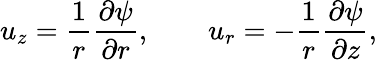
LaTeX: u_{z}={\frac{1}{r}}{\frac{\partial\psi}{\partial r}},\qquad u_{r}=-{\frac{1}{r}}{\frac{\partial\psi}{\partial z}},